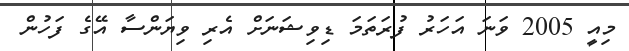
މިއީ 2005 ވަނަ އަހަރު ފުރަތަމަ ޑިވިޝަނަށް އެރި ވިޔަންސާ އޭގެ ފަހުން